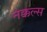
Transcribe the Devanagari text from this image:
नक्कल्स